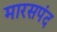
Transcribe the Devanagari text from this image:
मारसपंद